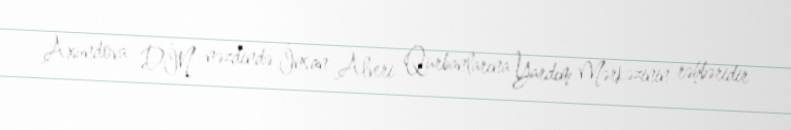
Axundova DİN nəzdində İnsan Alveri Qurbanlarına Yardım Mərkəzinin rəhbəridir